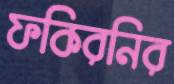
ফকিরনির